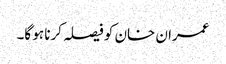
عمران خان کو فیصلہ کرنا ہو گا۔